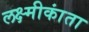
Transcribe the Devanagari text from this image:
लक्ष्मीकांता